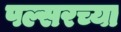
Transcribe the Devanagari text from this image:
पल्सरच्या